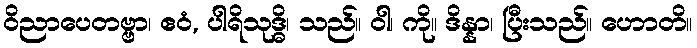
ဝိညာပေတဗ္ဗာ၊ ဧဝံ, ပါရိသုဒ္ဓိ၊ သည်။ ဝါ၊ ကို။ ဒိန္နာ၊ ပြီးသည်။ ဟောတိ။